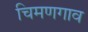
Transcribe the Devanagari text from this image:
चिमणगाव